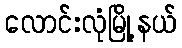
လောင်းလုံမြို့နယ်